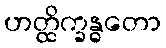
ဟတ္ထိက္ခန္ဓတော